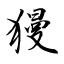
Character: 獌